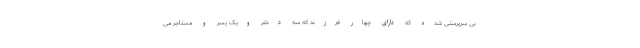
بی سرپرستی شده که دارای چهار فرزند که سه دختر ویک پسر و مستاجر می